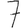
Digit: 7